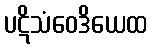
ပဋိသံဝေဒိယေထ